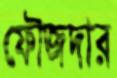
ফৌজদার